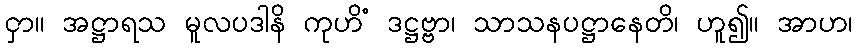
ငှာ။ အဋ္ဌာရသ မူလပဒါနိ ကုဟိံ ဒဋ္ဌဗ္ဗာ၊ သာသနပဋ္ဌာနေတိ၊ ဟူ၍။ အာဟ၊